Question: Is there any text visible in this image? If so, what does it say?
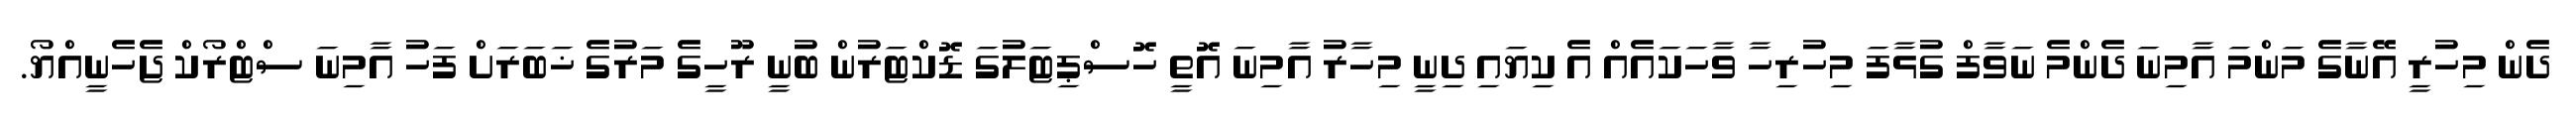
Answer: ދެން މިހުރީ އޭނާގެ މަންމަ އާމިނަ ދެންމެ ނަވާފް ގުޅާފަ މިހުރިހާ ވާހަކައެއް އެ ކިޔައި ދިނީ މިހާރު އާމިނަ އޮތީ ހޮސްޕިޓަލުގަ ޑޮކްޓަރުން ބުނީ ރޫހީގެ މަރުގެ ޚަބަރަށް ފަހު އާމިނަ ސްޓްރޯކް ޖެހެނީއްޔޯ.